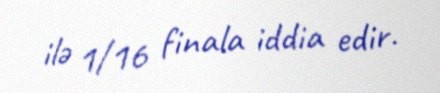
ilə 1/16 finala iddia edir.